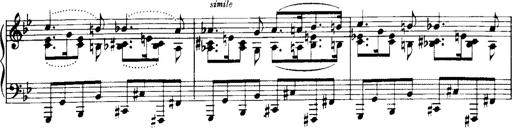
Title: Historische ungarische Bildnisse
Composer: Franz Liszt